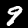
Digit: 9